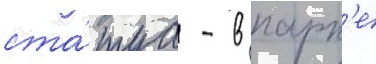
ста́туа - в парк'е